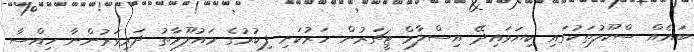
ބައެއް ސްކޫލުތަކުގައި ކިޔަވައިދޭ އިސްލާމް ޓީޗަރުން ހަރުކަށި ފިކުރުގެ މައުލޫމާތު ދަރިވަރުންނާ ހިއްސާ